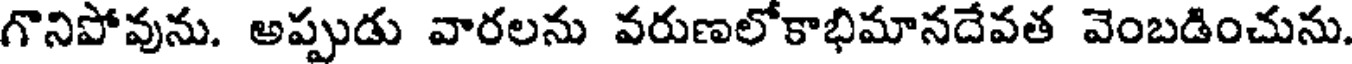
గొనిపోవును. అప్పుడు వారలను వరుణలోకాభిమానదేవత వెంబడించును.